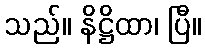
သည်။ နိဋ္ဌိထာ၊ ပြီ။